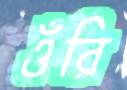
ওঁরি